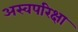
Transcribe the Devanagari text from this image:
अस्वपरिक्षा